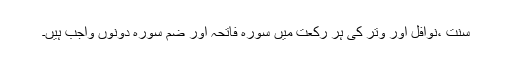
سنت ،نوافل اور وتر کی ہر رکعت میں سورہ فاتحہ اور ضم سورہ دونوں واجب ہیں۔